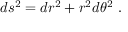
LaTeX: d s ^ { 2 } = d r ^ { 2 } + r ^ { 2 } d \theta ^ { 2 } \ .